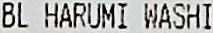
BL HARUMI WASHI